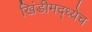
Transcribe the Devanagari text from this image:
खिंडीमद्ध्येच